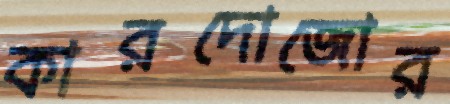
কারদোজোর